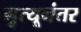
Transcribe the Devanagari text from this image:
मृुत्यूनंतर